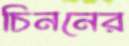
চিননের